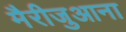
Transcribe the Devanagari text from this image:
मैरीजुआना